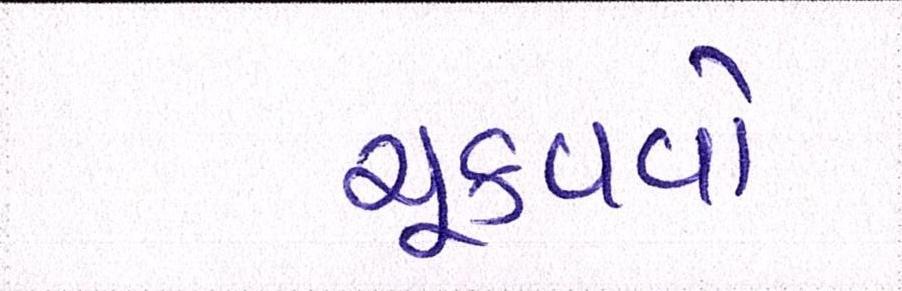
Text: ચૂકવવો